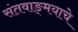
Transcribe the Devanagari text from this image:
संतवाङ्‌मयाचे